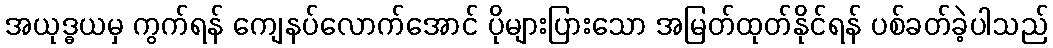
အယုဒ္ဓယမှ ကွက်ရန် ကျေနပ်လောက်အောင် ပိုများပြားသော အမြတ်ထုတ်နိုင်ရန် ပစ်ခတ်ခဲ့ပါသည်